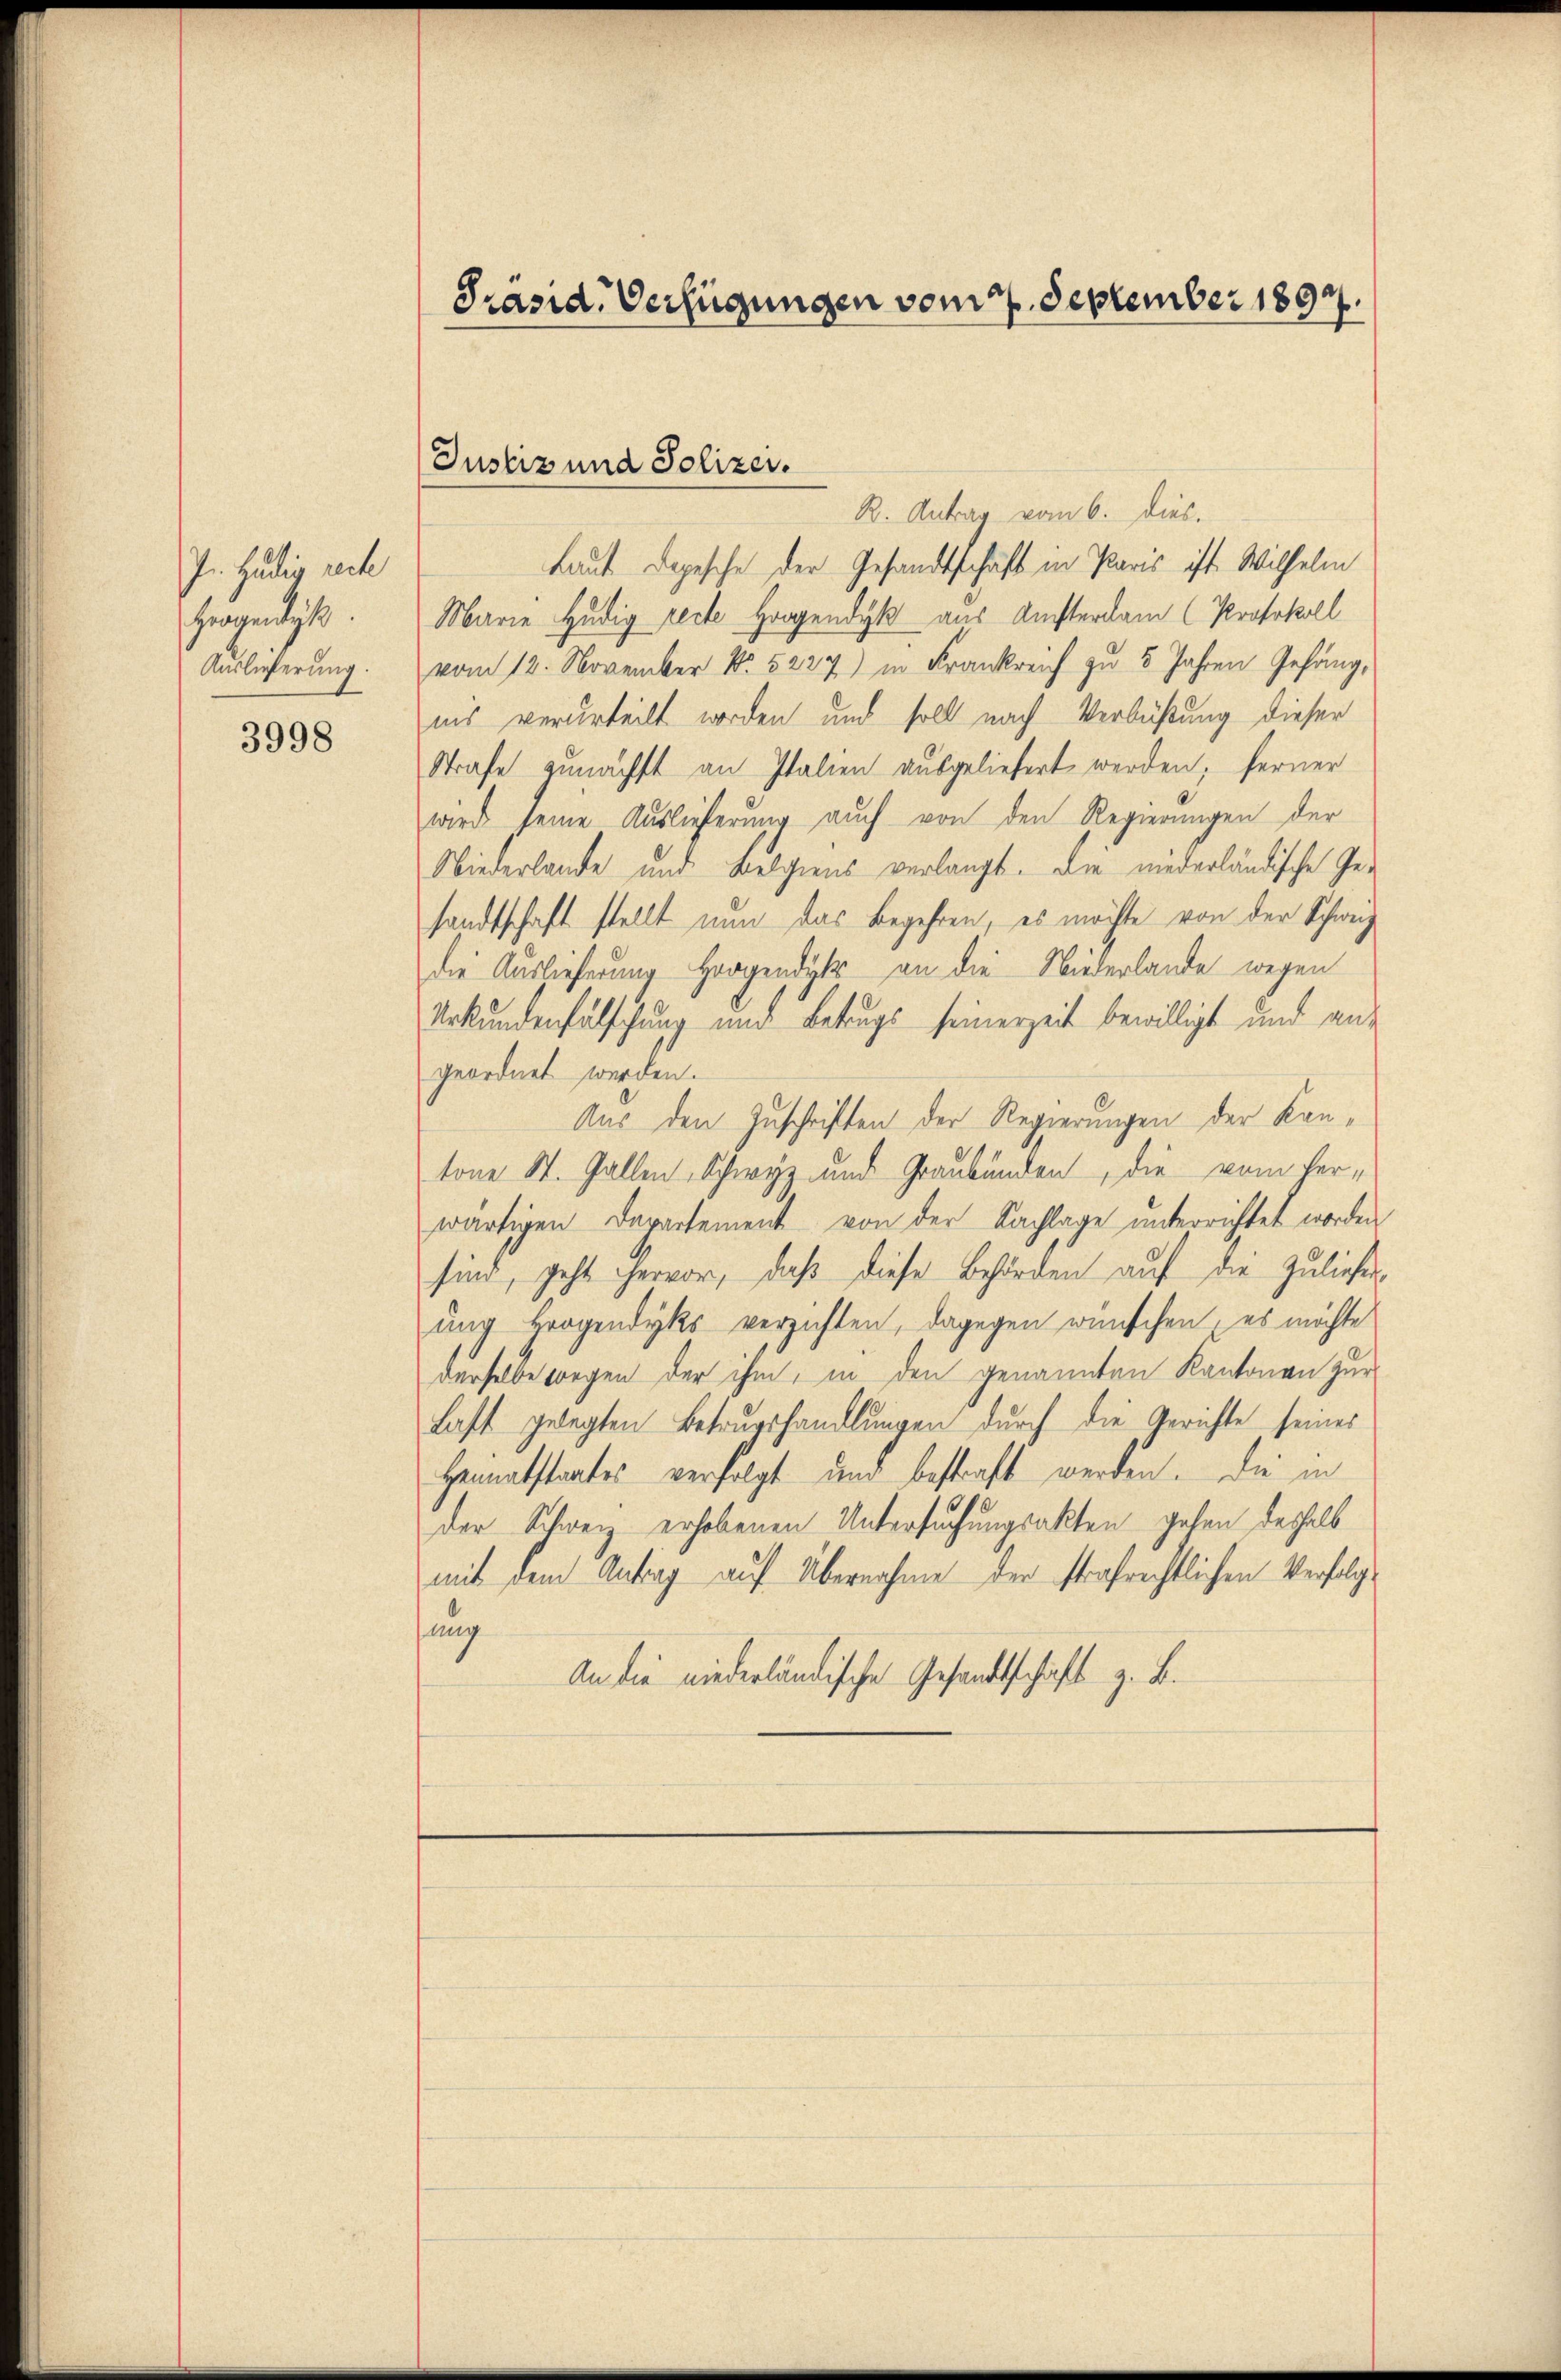
J. Huldig reche
Gegendigt.
Auslieferung.

3998

Präsid. Verfügungen vom 7. September 1897.

Justiz und Polizei.

R. Antrag vom 6. dies.
Laut Depesche der Gesandtschaft in Paris ist Wilhelm
Marie Hudig recte Horgendyk aus Ansterdam (Protokoll
vom 12. November No 5227) in Frankreich zu 3 Jahren Gefängiis verurteilt worden und soll nach Verbüßung dieser
Strafe zunächst an Italien ausgeliefert werden; ferner
wird seine Auslieferung auch von den Regierungen der
Niederlande und Belgiens verlangt. Die niederländische Gesandtschaft stellt nun das Begehren, es möchte von der Schweiz
die Auslieferung Horgendyk an die Niederlande wegen
Urkundenfälschung und Betrugs seinerzeit bewilligt und an-
geordnet werden.
Aus den Zuschriften der Regierungen der Kantone St. Gallen Schwyz und Graubünden, die vom Verwärtigen Departement von der Sachlage unterrichtet worden,
sind, geht hervor, daß diese Behörden auf die Zulieferung Brogendyks verzichten, dagegen wünschen, es möchte
derselbe wegen der ihm, in den genannten Kantonen zur
Last gelegten Betrugshandlungen durch die Gerichte seines
Heimatstaates verfolgt und bestraft werden. Die in
der Schweiz erhobenen Untersuchungsakten gehen deshalb
mit dem Antrag auf Übernahme der strafrechtlichen Verfolgsang
An die niederländische Gesandtschaft z. B.